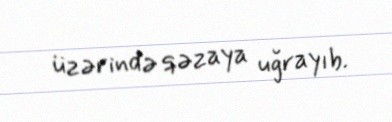
üzərində qəzaya uğrayıb.